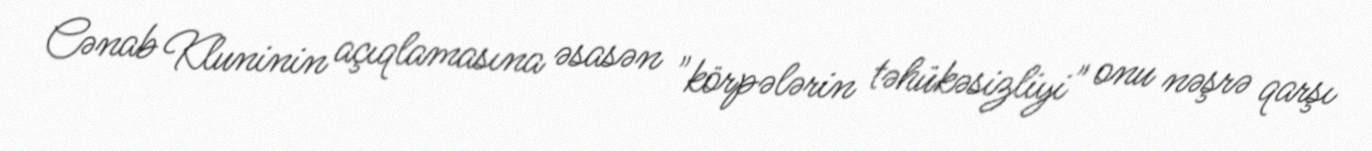
Cənab Kluninin açıqlamasına əsasən "körpələrin təhükəsizliyi" onu nəşrə qarşı